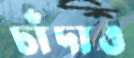
চাঁদাও